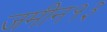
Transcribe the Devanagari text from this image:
जमीन१३